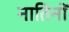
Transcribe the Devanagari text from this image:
नातिनों